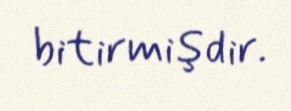
bitirmişdir.